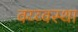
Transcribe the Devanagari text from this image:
वय्व्वस्था